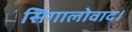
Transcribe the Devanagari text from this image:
सिंगालोवाद।